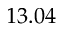
1 3 . 0 4